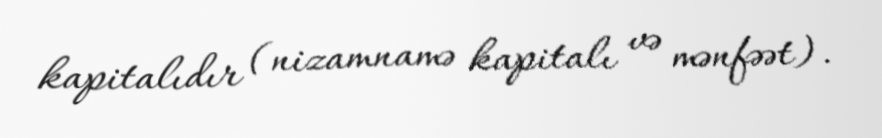
kapitalıdır (nizamnamə kapitalı və mənfəət).